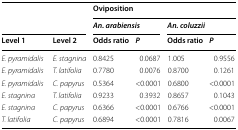
<table><thead><tr><td rowspan="2" colspan="2"></td><td colspan="4"><b>Oviposition</b></td></tr><tr><td colspan="2"><b><i>An. arabiensis</i></b></td><td colspan="2"><b><i>An. coluzzii</i></b></td></tr><tr><td><b>Level 1</b></td><td><b>Level 2</b></td><td><b>Odds ratio</b></td><td><b><i>P</i></b></td><td><b>Odds ratio</b></td><td><b><i>P</i></b></td></tr></thead><tbody><tr><td><i>E. pyramidalis</i></td><td><i>E. stagnina</i></td><td>0.8425</td><td>0.0687</td><td>1.005</td><td>0.9556</td></tr><tr><td><i>E. pyramidalis</i></td><td><i>T. latifolia</i></td><td>0.7780</td><td>0.0076</td><td>0.8700</td><td>0.1261</td></tr><tr><td><i>E. pyramidalis</i></td><td><i>C. papyrus</i></td><td>0.5364</td><td>&lt;0.0001</td><td>0.6800</td><td>&lt;0.0001</td></tr><tr><td><i>E. stagnina</i></td><td><i>T. latifolia</i></td><td>0.9233</td><td>0.3932</td><td>0.8657</td><td>0.1043</td></tr><tr><td><i>E. stagnina</i></td><td><i>C. papyrus</i></td><td>0.6366</td><td>&lt;0.0001</td><td>0.6766</td><td>&lt;0.0001</td></tr><tr><td><i>T. latifolia</i></td><td><i>C. papyrus</i></td><td>0.6894</td><td>&lt;0.0001</td><td>0.7816</td><td>0.0067</td></tr></tbody></table>